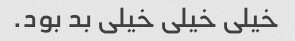
خیلی خیلی خیلی بد بود.